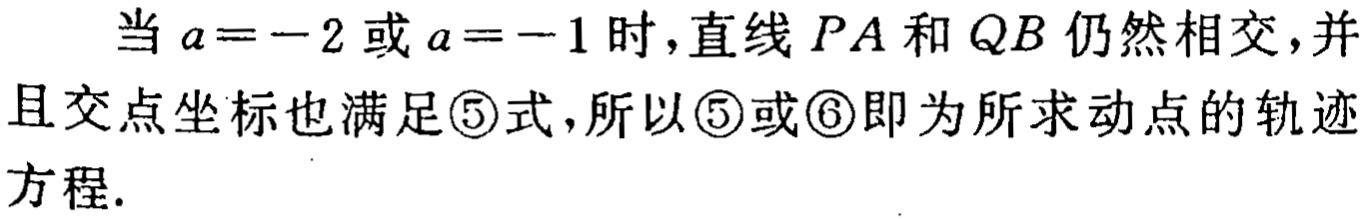
当 \(a = -2\) 或 \(a = -1\) 时，直线 \(PA\) 和 \(QB\) 仍然相交，并且交点坐标也满足\textcircled{5}式，所以\textcircled{5}或\textcircled{6}即为所求动点的轨迹方程.